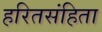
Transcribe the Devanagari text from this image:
हरितसंहिता